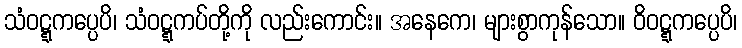
သံဝဋ္ဋကပ္ပေပိ၊ သံဝဋ္ဋကပ်တို့ကို လည်းကောင်း။ အနေကေ၊ များစွာကုန်သော။ ဝိဝဋ္ဋကပ္ပေပိ၊